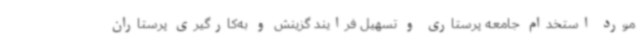
مورد استخدام جامعه پرستاری و تسهیل فرایند گزینش و به‌کارگیری پرستاران